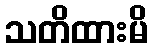
သတိထားမိ